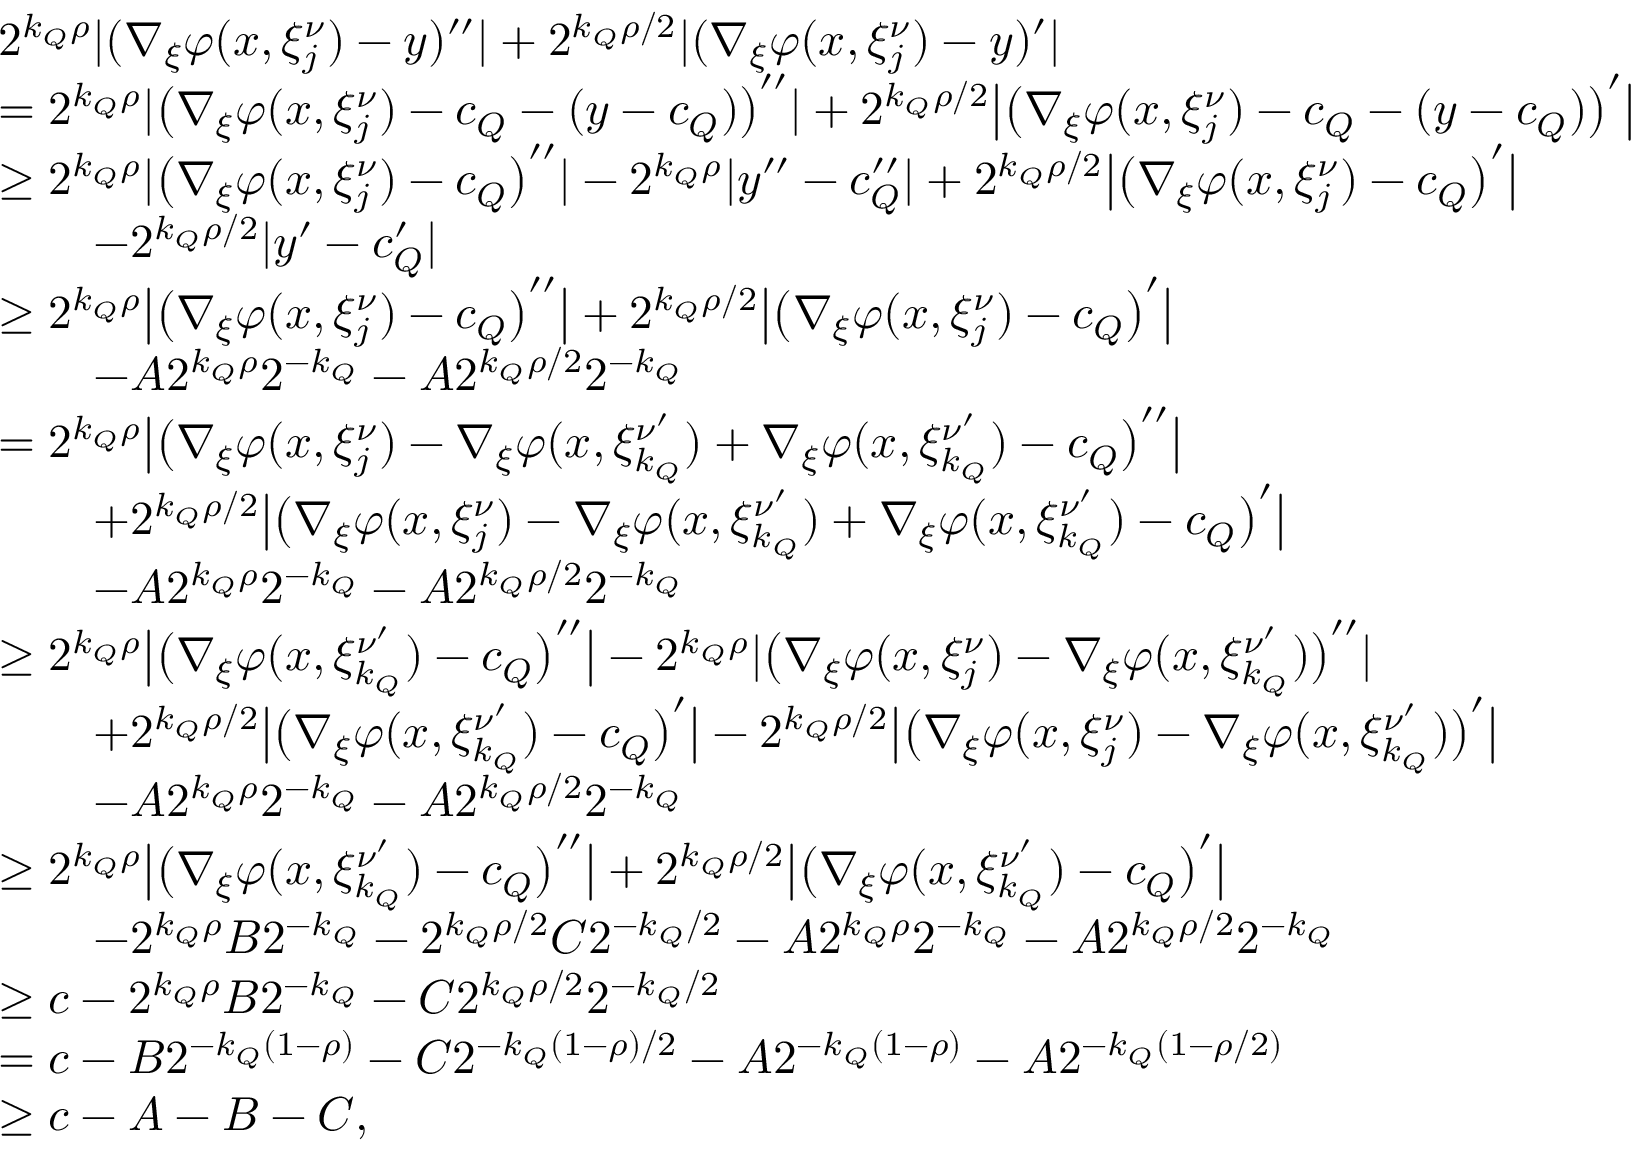
\begin{array} { r l } & { 2 ^ { { k _ { Q } } \rho } | ( \nabla _ { \xi } \varphi ( x , \xi _ { j } ^ { \nu } ) - y ) ^ { \prime \prime } | + 2 ^ { { k _ { Q } } \rho / 2 } | ( \nabla _ { \xi } \varphi ( x , \xi _ { j } ^ { \nu } ) - y ) ^ { \prime } | } \\ & { = 2 ^ { { k _ { Q } } \rho } | \big ( \nabla _ { \xi } \varphi ( x , \xi _ { j } ^ { \nu } ) - c _ { Q } - ( y - c _ { Q } ) \big ) ^ { \prime \prime } | + 2 ^ { { k _ { Q } } \rho / 2 } \big | \big ( \nabla _ { \xi } \varphi ( x , \xi _ { j } ^ { \nu } ) - c _ { Q } - ( y - c _ { Q } ) \big ) ^ { \prime } \big | } \\ & { \geq 2 ^ { { k _ { Q } } \rho } | \big ( \nabla _ { \xi } \varphi ( x , \xi _ { j } ^ { \nu } ) - c _ { Q } \big ) ^ { \prime \prime } | - 2 ^ { { k _ { Q } } \rho } | y ^ { \prime \prime } - c _ { Q } ^ { \prime \prime } | + 2 ^ { { k _ { Q } } \rho / 2 } \big | \big ( \nabla _ { \xi } \varphi ( x , \xi _ { j } ^ { \nu } ) - c _ { Q } \big ) ^ { \prime } \big | } \\ & { \qquad - 2 ^ { { k _ { Q } } \rho / 2 } | y ^ { \prime } - c _ { Q } ^ { \prime } | } \\ & { \geq 2 ^ { { k _ { Q } } \rho } \big | \big ( \nabla _ { \xi } \varphi ( x , \xi _ { j } ^ { \nu } ) - c _ { Q } \big ) ^ { \prime \prime } \big | + 2 ^ { { k _ { Q } } \rho / 2 } \big | \big ( \nabla _ { \xi } \varphi ( x , \xi _ { j } ^ { \nu } ) - c _ { Q } \big ) ^ { \prime } \big | } \\ & { \qquad - A 2 ^ { { k _ { Q } } \rho } 2 ^ { - k _ { Q } } - A 2 ^ { { k _ { Q } } \rho / 2 } 2 ^ { - k _ { Q } } } \\ & { = 2 ^ { { k _ { Q } } \rho } \big | \big ( \nabla _ { \xi } \varphi ( x , \xi _ { j } ^ { \nu } ) - \nabla _ { \xi } \varphi ( x , \xi _ { k _ { Q } } ^ { \nu ^ { \prime } } ) + \nabla _ { \xi } \varphi ( x , \xi _ { k _ { Q } } ^ { \nu ^ { \prime } } ) - c _ { Q } \big ) ^ { \prime \prime } \big | } \\ & { \qquad + 2 ^ { { k _ { Q } } \rho / 2 } \big | \big ( \nabla _ { \xi } \varphi ( x , \xi _ { j } ^ { \nu } ) - \nabla _ { \xi } \varphi ( x , \xi _ { k _ { Q } } ^ { \nu ^ { \prime } } ) + \nabla _ { \xi } \varphi ( x , \xi _ { k _ { Q } } ^ { \nu ^ { \prime } } ) - c _ { Q } \big ) ^ { \prime } \big | } \\ & { \qquad - A 2 ^ { { k _ { Q } } \rho } 2 ^ { - k _ { Q } } - A 2 ^ { { k _ { Q } } \rho / 2 } 2 ^ { - k _ { Q } } } \\ & { \geq 2 ^ { { k _ { Q } } \rho } \big | \big ( \nabla _ { \xi } \varphi ( x , \xi _ { k _ { Q } } ^ { \nu ^ { \prime } } ) - c _ { Q } \big ) ^ { \prime \prime } \big | - 2 ^ { { k _ { Q } } \rho } | \big ( \nabla _ { \xi } \varphi ( x , \xi _ { j } ^ { \nu } ) - \nabla _ { \xi } \varphi ( x , \xi _ { k _ { Q } } ^ { \nu ^ { \prime } } ) \big ) ^ { \prime \prime } | } \\ & { \qquad + 2 ^ { { k _ { Q } } \rho / 2 } \big | \big ( \nabla _ { \xi } \varphi ( x , \xi _ { k _ { Q } } ^ { \nu ^ { \prime } } ) - c _ { Q } \big ) ^ { \prime } \big | - 2 ^ { { k _ { Q } } \rho / 2 } \big | \big ( \nabla _ { \xi } \varphi ( x , \xi _ { j } ^ { \nu } ) - \nabla _ { \xi } \varphi ( x , \xi _ { k _ { Q } } ^ { \nu ^ { \prime } } ) \big ) ^ { \prime } \big | } \\ & { \qquad - A 2 ^ { { k _ { Q } } \rho } 2 ^ { - k _ { Q } } - A 2 ^ { { k _ { Q } } \rho / 2 } 2 ^ { - k _ { Q } } } \\ & { \geq 2 ^ { { k _ { Q } } \rho } \big | \big ( \nabla _ { \xi } \varphi ( x , \xi _ { k _ { Q } } ^ { \nu ^ { \prime } } ) - c _ { Q } \big ) ^ { \prime \prime } \big | + 2 ^ { { k _ { Q } } \rho / 2 } \big | \big ( \nabla _ { \xi } \varphi ( x , \xi _ { k _ { Q } } ^ { \nu ^ { \prime } } ) - c _ { Q } \big ) ^ { \prime } \big | } \\ & { \qquad - 2 ^ { { k _ { Q } } \rho } B 2 ^ { - { k _ { Q } } } - 2 ^ { { k _ { Q } } \rho / 2 } C 2 ^ { - { k _ { Q } } / 2 } - A 2 ^ { { k _ { Q } } \rho } 2 ^ { - k _ { Q } } - A 2 ^ { { k _ { Q } } \rho / 2 } 2 ^ { - k _ { Q } } } \\ & { \geq c - 2 ^ { { k _ { Q } } \rho } B 2 ^ { - { k _ { Q } } } - C 2 ^ { { k _ { Q } } \rho / 2 } 2 ^ { - { k _ { Q } } / 2 } } \\ & { = c - B 2 ^ { - { k _ { Q } } ( 1 - \rho ) } - C 2 ^ { - { k _ { Q } } ( 1 - \rho ) / 2 } - A 2 ^ { - { k _ { Q } } ( 1 - \rho ) } - A 2 ^ { - { k _ { Q } } ( 1 - \rho / 2 ) } } \\ & { \geq c - A - B - C , } \end{array}